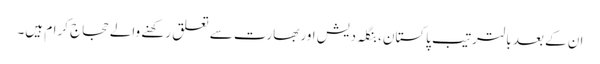
ان کے بعد بالترتیب پاکستان، بنگلہ دیش اور بھارت سے تعلق رکھنے والے حجاج کرام ہیں۔